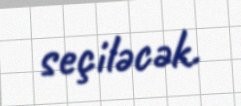
seçiləcək.